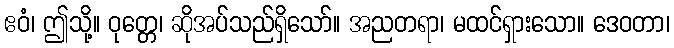
ဧဝံ၊ ဤသို့။ ဝုတ္တေ၊ ဆိုအပ်သည်ရှိသော်။ အညတရာ၊ မထင်ရှားသော။ ဒေဝတာ၊